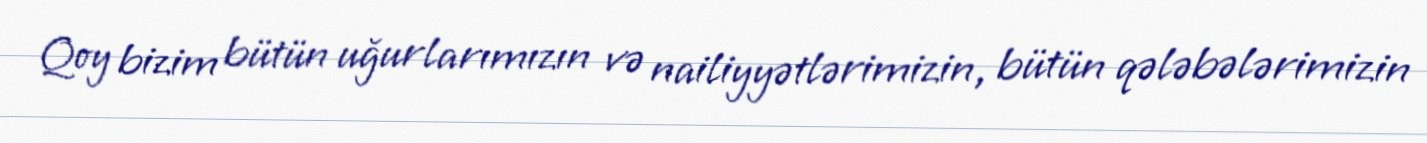
Qoy bizim bütün uğurlarımızın və nailiyyətlərimizin, bütün qələbələrimizin